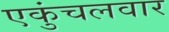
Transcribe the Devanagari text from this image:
एकुंचलवार